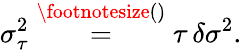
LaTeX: \sigma_{\tau}^{2}\overset{\footnotesize()}{=}\tau\, \delta\sigma^{2}.